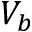
V _ { b }